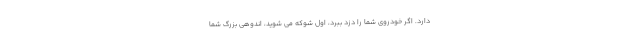
دارد. اگر خودروی شما را دزد ببرد، اول شوکه می شوید، اندوهی بزرگ شما